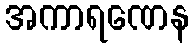
အကာရဏေန